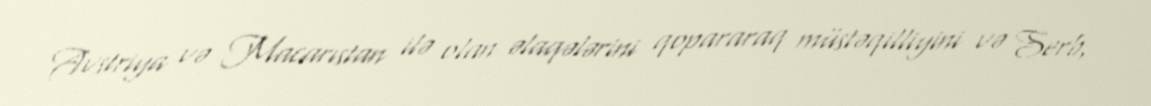
Avstriya və Macarıstan ilə olan əlaqələrini qopararaq müstəqilliyini və Serb,